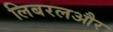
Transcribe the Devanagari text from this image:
लिबरलऔर